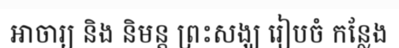
អាចារ្យ និង និមន្ត ព្រះសង្ឃ រៀបចំ កន្លែង